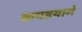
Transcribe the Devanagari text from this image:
कपडयाने